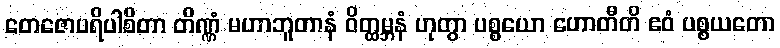
တေဇောပရိပါစိတာ တိဏ္ဏံ မဟာဘူတာနံ ဝိတ္ထမ္ဘနံ ဟုတွာ ပစ္စယော ဟောတီတိ ဧဝံ ပစ္စယတော